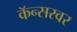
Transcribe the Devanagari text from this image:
कॅन्सरवर